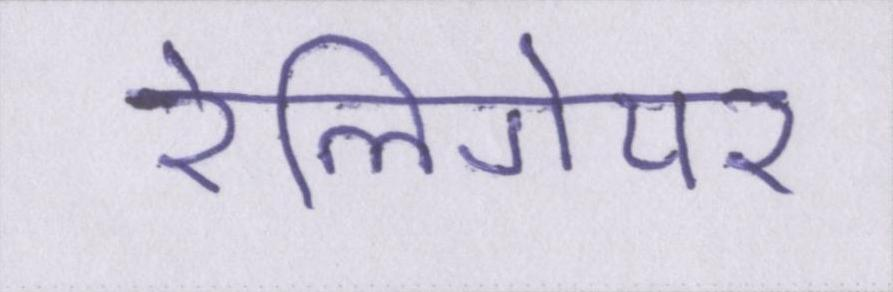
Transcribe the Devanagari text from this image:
रेलिगेयर